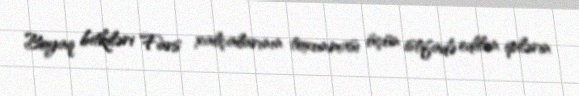
Boyaq bitkiləri Fars xalçalarının toxunması üçün istifadə edilən iplərin